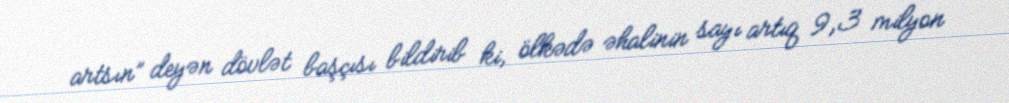
artsın” deyən dövlət başçısı bildirib ki, ölkədə əhalinin sayı artıq 9,3 milyon